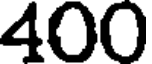
400